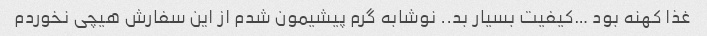
غذا کهنه بود …کیفیت بسیار بد.. نوشابه گرم پیشیمون شدم از این سفارش هیچی نخوردم